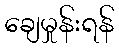
ချေမှုန်းရန်